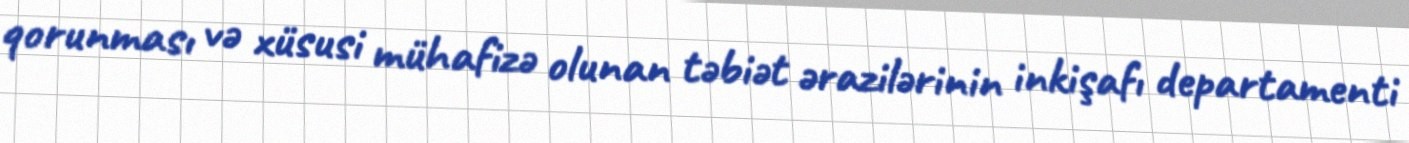
qorunması və xüsusi mühafizə olunan təbiət ərazilərinin inkişafı departamenti